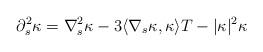
LaTeX: \begin{align*}\partial_s^{2}\kappa=\nabla_s^2\kappa -3\langle \nabla_s\kappa, \kappa \rangle T -|\kappa|^2\kappa \end{align*}